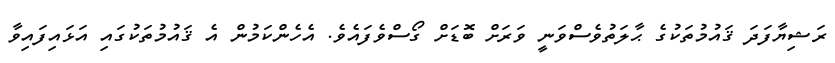
ރަޝިޔާފަދަ ޤައުމުތަކުގެ ޙާލަތުވެސްވަނީ ވަރަށް ބޮޑަށް ގޯސްވެފައެވެ. އެހެންކަމުން އެ ޤައުމުތަކުގައި އަޅައިފައިވާ